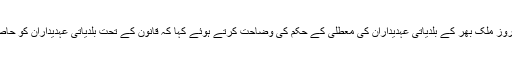
میڈیا رپورٹ کے مطابق الیکشن کمیشن نے گزشتہ روز ملک بھر کے بلدیاتی عہدیداران کی معطلی کے حکم کی وضاحت کرتے ہوئے کہا کہ قانون کے تحت بلدیاتی عہدیداران کو حاصل اختیارات کو عارضی طور پر معطل کیا گیا ہے۔